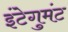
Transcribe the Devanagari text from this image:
इंटेगुमंट